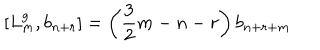
LaTeX: \left[ L _ { m } ^ { g } , b _ { n + r } \right] = \left( \frac { 3 } { 2 } m - n - r \right) b _ { n + r + m }